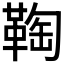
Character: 𩋃